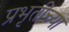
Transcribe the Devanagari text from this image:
प्रभृतींच्या